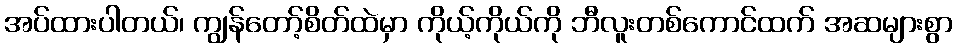
အပ်ထားပါတယ်၊ ကျွန်တော့်စိတ်ထဲမှာ ကိုယ့်ကိုယ်ကို ဘီလူးတစ်ကောင်ထက် အဆများစွာ